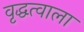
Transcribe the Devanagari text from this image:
वृद्धत्वाला